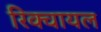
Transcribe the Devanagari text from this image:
रिक्वायल